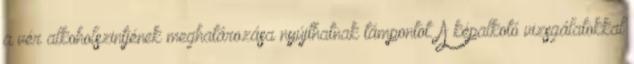
a vér alkoholszintjének meghatározása nyújthatnak támpontot. A képalkotó vizsgálatokkal